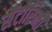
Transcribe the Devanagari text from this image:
सैंटोरिनी